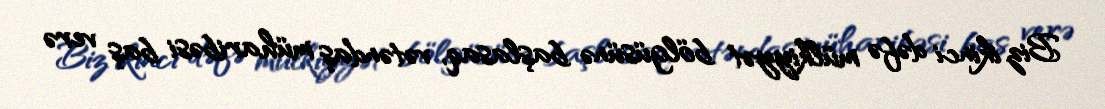
Biz ikinci dəfə mülkiyyət bölgüsünə başlasaq, vətəndaş müharibəsi baş verə